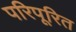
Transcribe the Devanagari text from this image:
परिपूरित